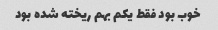
خوب بود فقط یکم بهم ریخته شده بود